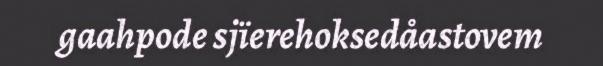
gaahpode sjïerehoksedåastovem